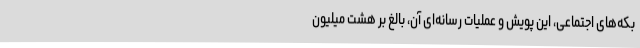
بکه‌های اجتماعی، این پویش و عملیات رسانه‌ای آن، بالغ بر هشت میلیون